Civil Veterinary Dept. Bombay admin report 1923-31 - 1923-1931
Year: 1923
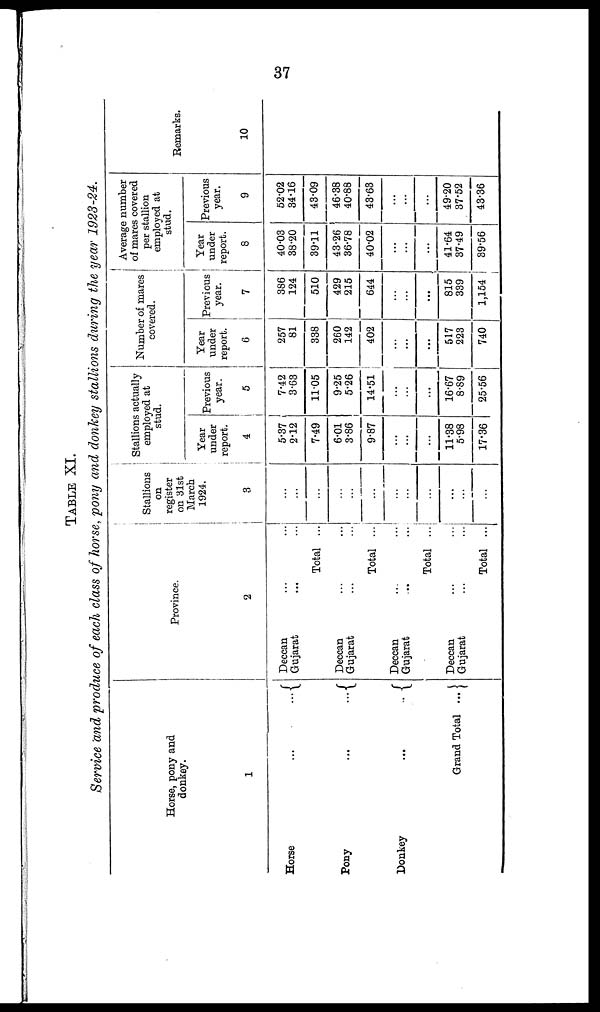
37
TABLE XI.
Service and produce of each class of horse, pony and donkey stallions during the year 1923-24.
Horse, pony and
donkey.
1
Horse
Pony ...
Donkey
Grand Total
Province.
2
Deccan... ...
Gujarat...
...
Total ...
Deccan... ...
Gujarat...
...
Total ...
Deccan... ...
Gujarat...
...
Total ...
Deccan... ...
Gujarat...
...
Total ...
Stallions
on
register
on 31st
March
1924.
3
...
...
...
...
...
...
...
...
...
...
...
...
Stallions actually
employed at
stud.
Year
under
report.
4
5.37
2.12
7.49
6.01
3.86
9.87
...
...
...
11.38
5.98
17.36
Previous
year.
5
7.42
3.63
1105
9.25
5.26
14.51
...
...
...
16.67
8.89
25.56
Number of mares
covered.
Year
under
report.
6
257
81
338
260
142
402
...
...
...
517
223
740
Previous
year.
7
386
124
510
429
215
644
...
...
...
815
339
1,154
Average number
of mares covered
per stallion
employed at
stud.
Year
under
report.
8
40.03
38.20
39.11
43.26
36.78
40.02
...
...
...
41.64
37.49
39.56
Previous
year.
9
52.02
34.16
43.09
46.38
40.88
43.63
...
...
...
49.20
37.52
43.36
Remarks.
10